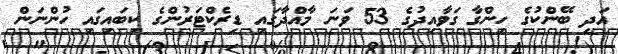
އަދި ބޭންކުގެ ހިންގާ ގަވާއިދުގެ 53 ވަނަ މާއްދާގައި ޑިރެކްޓަރުންގެ ކިބައިގައި ހުންނަން